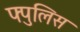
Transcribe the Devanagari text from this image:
फ्पुलिस